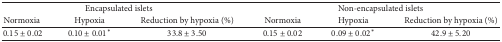
<table><thead><tr><td colspan="3"><b>Encapsulated islets</b></td><td colspan="3"><b>Non-encapsulated islets</b></td></tr><tr><td><b>Normoxia</b></td><td><b>Hypoxia</b></td><td><b>Reduction by hypoxia (%)</b></td><td><b>Normoxia</b></td><td><b>Hypoxia</b></td><td><b>Reduction by hypoxia (%)</b></td></tr></thead><tbody><tr><td>0.15 ± 0.02</td><td>0.10 ± 0.01*</td><td>33.8 ± 3.50</td><td>0.15 ± 0.02</td><td>0.09 ± 0.02*</td><td>42.9 ± 5.20</td></tr></tbody></table>